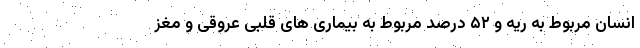
انسان مربوط به ریه و ۵۲ درصد مربوط به بیماری های قلبی عروقی و مغز